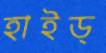
হাইড্